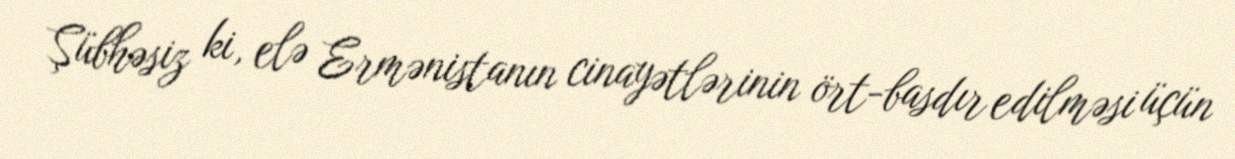
Şübhəsiz ki, elə Ermənistanın cinayətlərinin ört-basdır edilməsi üçün